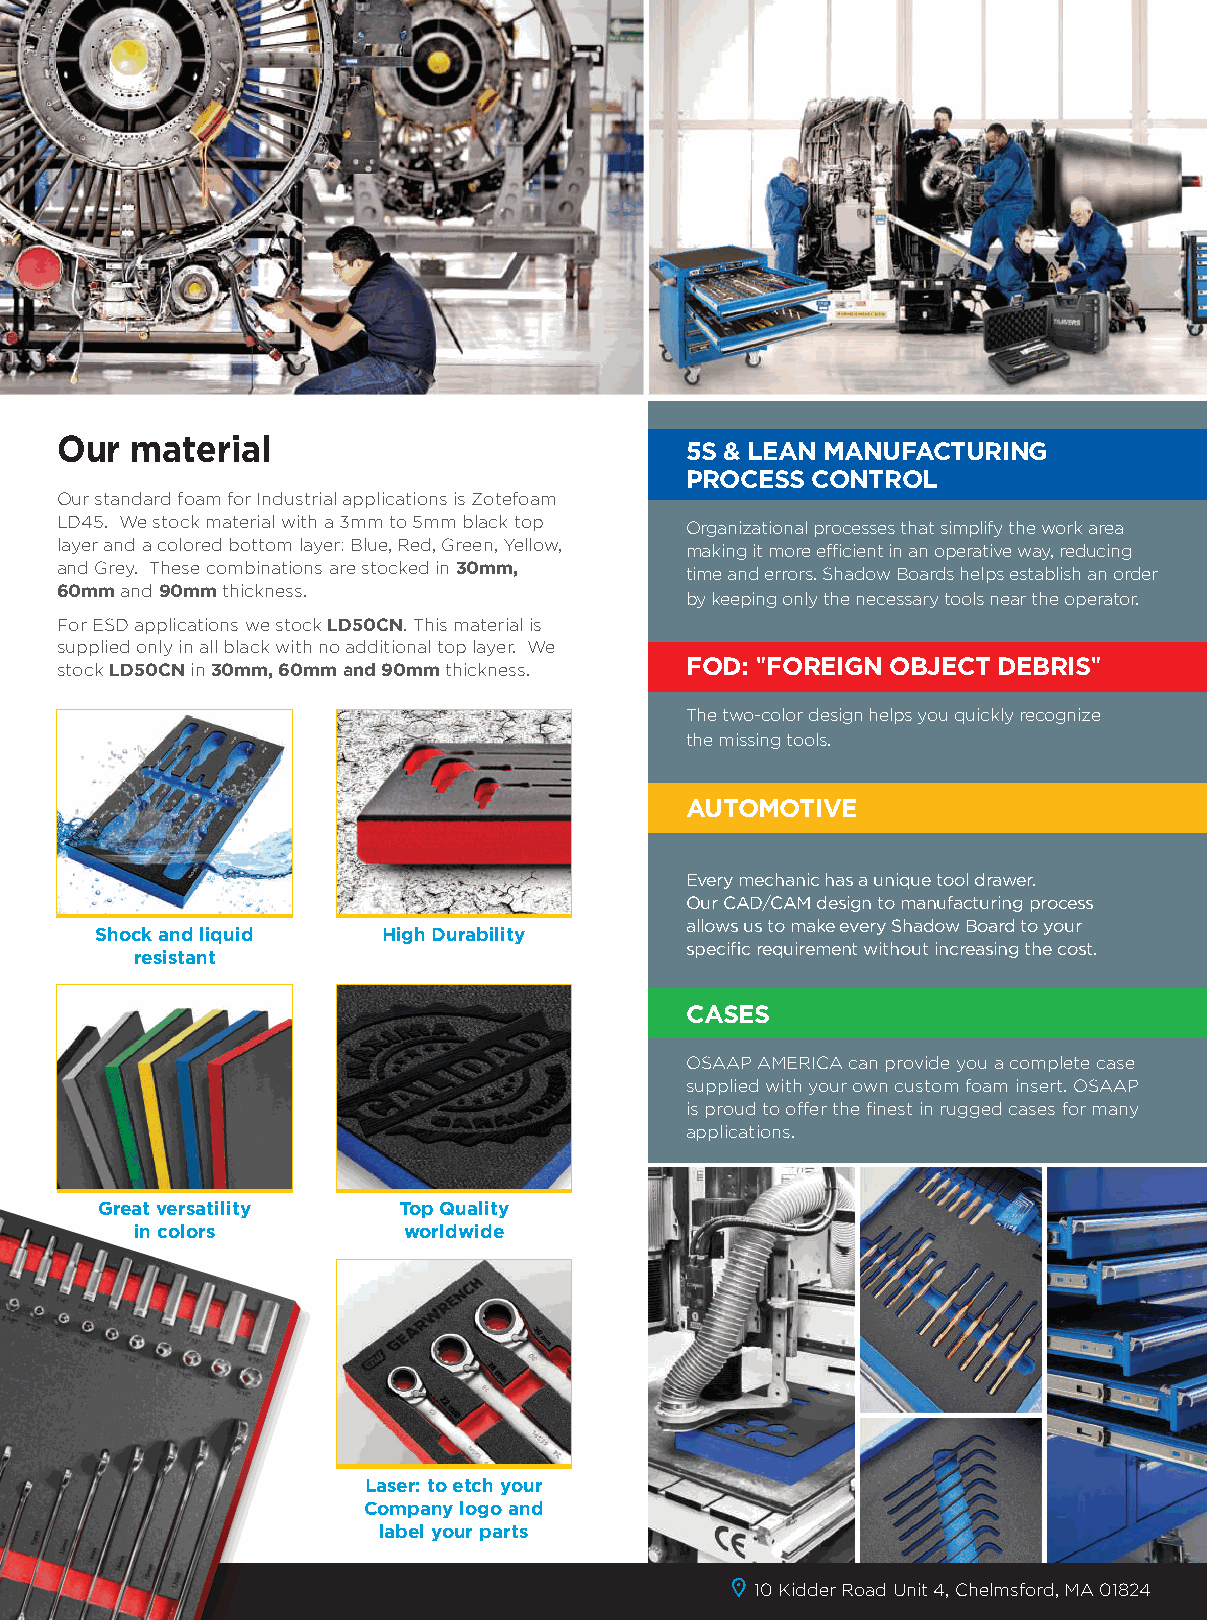
Bicolor
 Material our material
 5s & LeAn MAnufACturIng
 ProCess ControL
 Our standard foam for Industrial applications is Zotefoam
 LD45. We stock material with a 3mm to 5mm black top Organizational processes that simplify the work area
 layer and a colored bottom layer: Blue, Red, Green, Yellow, making it more efficient in an operative way, reducing
 and Grey. These combinations are stocked in 30mm, time and errors. Shadow Boards helps establish an order WorkstAtIons
 60mm and 90mm thickness.                  by keeping only the necessary tools near the operator. Fits any space
 For ESD applications we stock LD50Cn. This material is                          and shape
 supplied only in all black with no additional top layer. We
 stock LD50Cn in 30mm, 60mm and 90mm thickness.
 foD: "foreIgn objeCt DebrIs"
 The two-color design helps you quickly recognize
 the missing tools.
 AutoMotIVe
 every mechanic has a unique tool drawer.
 sHort DeLIVery PerIoD                             Our cAD/cAm design to manufacturing process CAses
 allows us to make every Shadow Board to your
 OSAAP workflow has been refined over shock and liquid High Durability                   Protect your
 the past decade through its network of resistant  specific requirement without increasing the cost.
 global partners. We offer the fastest                                                   equipment
 and proven methods for remote
 image capture, design, global project             CAses
 management, and manufacturing.
 OSAAP AmERIcA can provide you a complete case
 supplied with your own custom foam insert. OSAAP
 FOAm available in red, blue, yellow,              is proud to offer the finest in rugged cases for many
 green, grey and black                             applications.
 great versatility   top Quality
 in colors         worldwide
 Laser: to etch your
 Company logo and
 label your parts
 10 Kidder Road Unit 4, chelmsford, mA 01824
 OSAAP_TripticoUSA.indd 5                                                 04/10/19 16:54